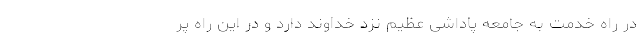
در راه خدمت به جامعه پاداشی عظیم نزد خداوند دارد و در این راه پر